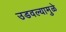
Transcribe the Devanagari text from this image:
उडवल्यामुळे